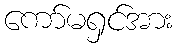
ကော်မရှင်အား